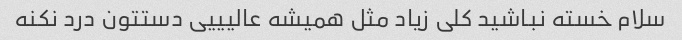
سلام خسته نباشید کلی زیاد مثل همیشه عالیییی دستتون درد نکنه